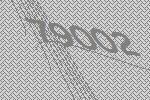
79002